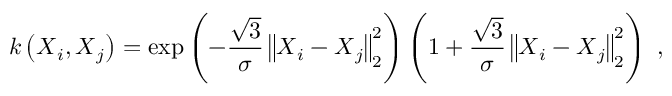
k \left( \boldsymbol { X } _ { i } , \boldsymbol { X } _ { j } \right) = \exp { \left( - \frac { \sqrt { 3 } } { \sigma } \left\lVert \boldsymbol { X } _ { i } - \boldsymbol { X } _ { j } \right\rVert _ { 2 } ^ { 2 } \right) } \left( 1 + \frac { \sqrt { 3 } } { \sigma } \left\lVert \boldsymbol { X } _ { i } - \boldsymbol { X } _ { j } \right\rVert _ { 2 } ^ { 2 } \right) ~ ,